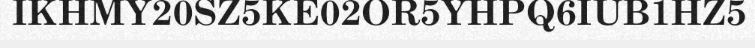
IKHMY20SZ5KE02OR5YHPQ6IUB1HZ5